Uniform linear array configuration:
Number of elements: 48
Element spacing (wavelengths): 0.25
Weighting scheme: kaiser
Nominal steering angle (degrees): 0
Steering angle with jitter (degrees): -1.979
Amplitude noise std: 0.05
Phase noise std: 0.05

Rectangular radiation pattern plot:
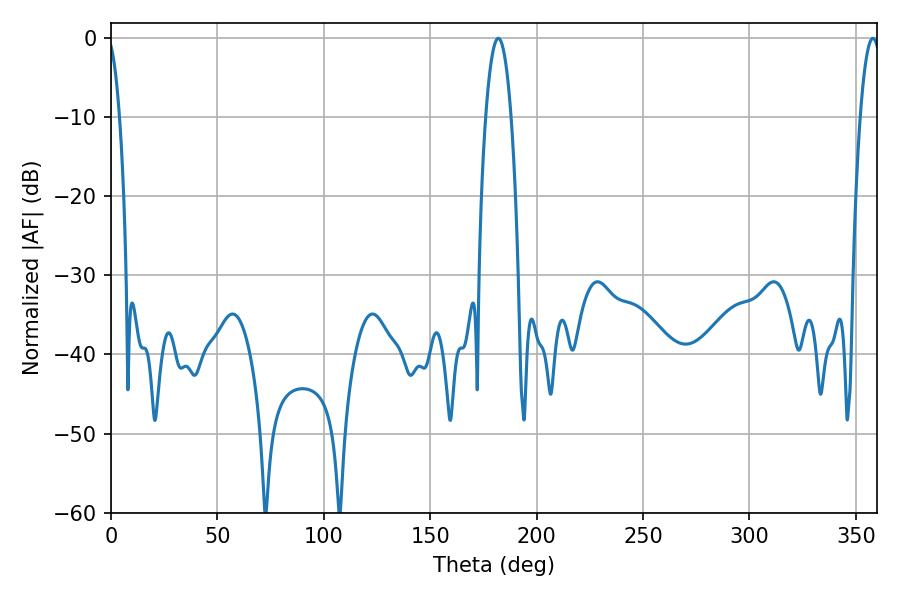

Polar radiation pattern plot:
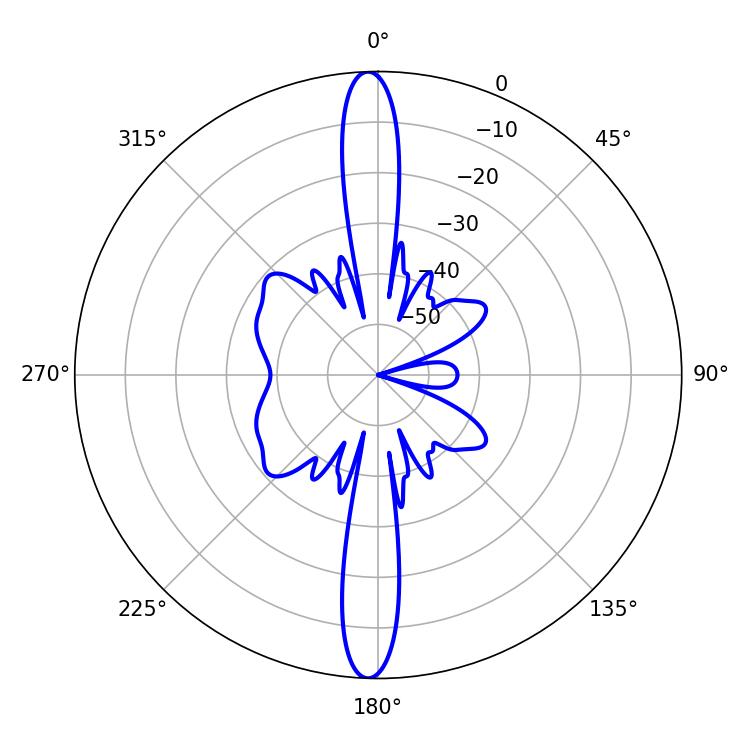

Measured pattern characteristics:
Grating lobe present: FALSE
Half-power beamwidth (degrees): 6.48
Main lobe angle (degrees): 181.98